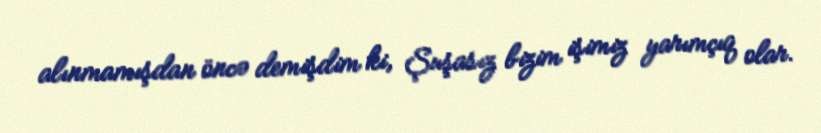
alınmamışdan öncə demişdim ki, Şuşasız bizim işimiz yarımçıq olar.